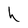
Character: h